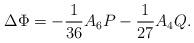
LaTeX: \begin{align*}\Delta \Phi = -\frac{1}{36}A_6 P - \frac{1}{27}A_4 Q.\end{align*}